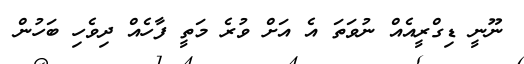
ނޫނީ ޑިގްރީއެއް ނުވަތަ އެ އަށް ވުރެ މަތީ ފާހެއް ދިވެހި ބަހުން